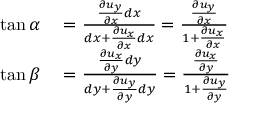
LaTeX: \begin{array} { r l } { \tan \alpha } & { { } = { \frac { { \frac { \partial u _ { y } } { \partial x } } d x } { d x + { \frac { \partial u _ { x } } { \partial x } } d x } } = { \frac { \frac { \partial u _ { y } } { \partial x } } { 1 + { \frac { \partial u _ { x } } { \partial x } } } } } \\ { \tan \beta } & { { } = { \frac { { \frac { \partial u _ { x } } { \partial y } } d y } { d y + { \frac { \partial u _ { y } } { \partial y } } d y } } = { \frac { \frac { \partial u _ { x } } { \partial y } } { 1 + { \frac { \partial u _ { y } } { \partial y } } } } } \end{array}